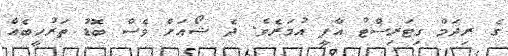
ގެ ރިދަމް ގިޓަރިސްޓު އާފީ އުމަރެވެ. ދެ ޝޯއަށް ވެސް ބޮޑު ތަރުހީބެއް